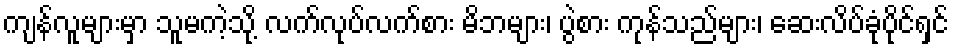
ကျန်လူများမှာ သူမကဲ့သို့ လက်လုပ်လက်စား မိဘများ၊ ပွဲစား ကုန်သည်များ၊ ဆေးလိပ်ခုံပိုင်ရှင်